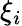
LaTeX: \xi_{i}